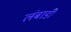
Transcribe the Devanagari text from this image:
लंबाडी